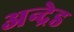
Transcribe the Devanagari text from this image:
अन्द्रेड